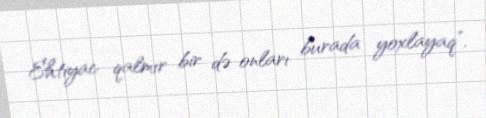
Ehtiyac qalmır bir də onları burada yoxlayaq”.